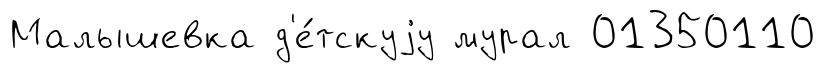
Малышевка д'е́тскуjу мурал 01350110